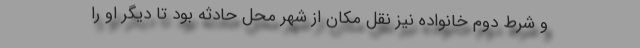
و شرط دوم خانواده نیز نقل مکان از شهر محل حادثه بود تا دیگر او را